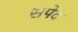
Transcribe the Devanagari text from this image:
सपेद